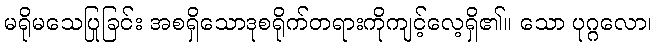
မရိုမသေပြုခြင်း အစရှိသောဒုစရိုက်တရားကိုကျင့်လေ့ရှိ၏။ သော ပုဂ္ဂလော၊